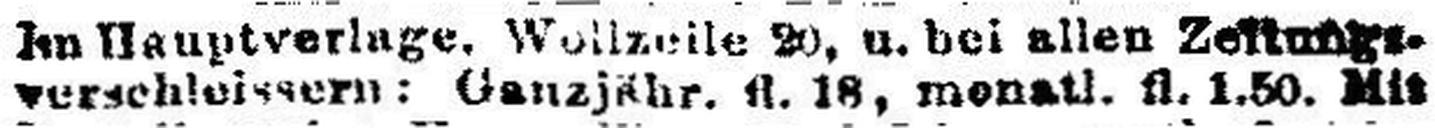
verschleissern: Ganzjähr. fl. 18, monatl. fl. 1.50. Mit